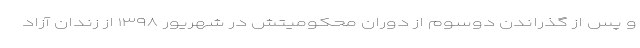
و پس از گذراندن دوسوم از دوران محکومیتش در شهریور ۱۳۹۸ از زندان آزاد